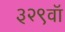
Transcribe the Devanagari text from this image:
३२९वॉ